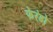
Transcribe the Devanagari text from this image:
फेरंडो